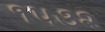
૧૫૩૨